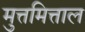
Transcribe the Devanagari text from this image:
मुत्तमित्ताल